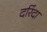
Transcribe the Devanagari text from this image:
दरिंदा